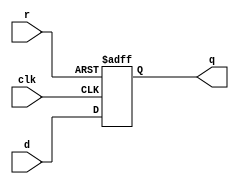
module dffar #(parameter WIDTH = 1) (
    input clk,
    input r,
    input [WIDTH-1:0] d,
    output reg [WIDTH-1:0] q
);

    always @(posedge clk or negedge r)
        if (~r)
            q <= {WIDTH{1'b0}};
        else
            q <= d;

endmodule